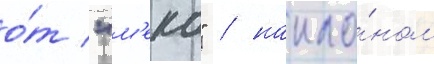
о́т "м'еко" / накло́ном